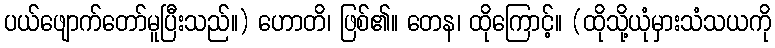
ပယ်ဖျောက်တော်မူပြီးသည်။) ဟောတိ၊ ဖြစ်၏။ တေန၊ ထိုကြောင့်။ (ထိုသို့ယုံမှားသံသယကို